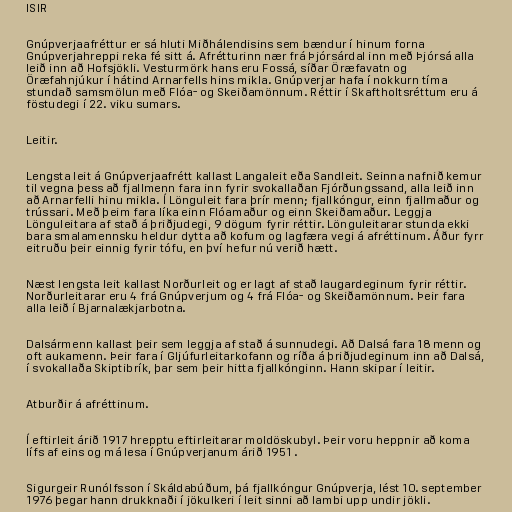
ISIR

Gnúpverjaafréttur er sá hluti Miðhálendisins sem bændur í hinum forna
Gnúpverjahreppi reka fé sitt á. Afrétturinn nær frá Þjórsárdal inn með Þjórsá alla
leið inn að Hofsjökli. Vesturmörk hans eru Fossá, síðar Öræfavatn og
Öræfahnjúkur í hátind Arnarfells hins mikla. Gnúpverjar hafa í nokkurn tíma
stundað samsmölun með Flóa- og Skeiðamönnum. Réttir í Skaftholtsréttum eru á
föstudegi í 22. viku sumars.

Leitir.

Lengsta leit á Gnúpverjaafrétt kallast Langaleit eða Sandleit. Seinna nafnið kemur
til vegna þess að fjallmenn fara inn fyrir svokallaðan Fjórðungssand, alla leið inn
að Arnarfelli hinu mikla. Í Lönguleit fara þrír menn; fjallkóngur, einn fjallmaður og
trússari. Með þeim fara líka einn Flóamaður og einn Skeiðamaður. Leggja
Lönguleitara af stað á þriðjudegi, 9 dögum fyrir réttir. Lönguleitarar stunda ekki
bara smalamennsku heldur dytta að kofum og lagfæra vegi á afréttinum. Áður fyrr
eitruðu þeir einnig fyrir tófu, en því hefur nú verið hætt.

Næst lengsta leit kallast Norðurleit og er lagt af stað laugardeginum fyrir réttir.
Norðurleitarar eru 4 frá Gnúpverjum og 4 frá Flóa- og Skeiðamönnum. Þeir fara
alla leið í Bjarnalækjarbotna.

Dalsármenn kallast þeir sem leggja af stað á sunnudegi. Að Dalsá fara 18 menn og
oft aukamenn. Þeir fara í Gljúfurleitarkofann og ríða á þriðjudeginum inn að Dalsá,
í svokallaða Skiptibrík, þar sem þeir hitta fjallkónginn. Hann skipar í leitir.

Atburðir á afréttinum.

Í eftirleit árið 1917 hrepptu eftirleitarar moldöskubyl. Þeir voru heppnir að koma
lífs af eins og má lesa í Gnúpverjanum árið 1951 .

Sigurgeir Runólfsson í Skáldabúðum, þá fjallkóngur Gnúpverja, lést 10. september
1976 þegar hann drukknaði í jökulkeri í leit sinni að lambi upp undir jökli.